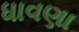
ધાવણા